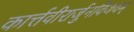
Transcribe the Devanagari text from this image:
कार्त्तवीरार्जुनविजयम्